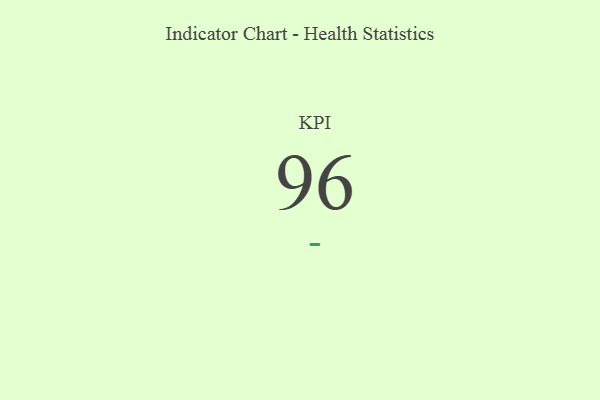
{"axis": {"x": "KPI", "y": "Value"}, "legend": [""], "data": [{"x": "KPI", "y": 96, "type": ""}]}